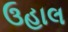
ઉહાલ